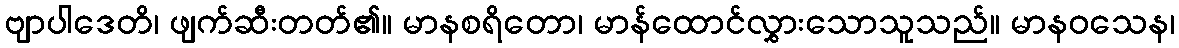
ဗျာပါဒေတိ၊ ဖျက်ဆီးတတ်၏။ မာနစရိတော၊ မာန်ထောင်လွှားသောသူသည်။ မာနဝသေန၊